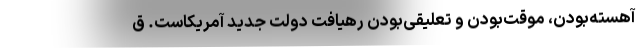
آهسته‌بودن، موقت‌بودن و تعلیقی‌بودنِ رهیافت دولت جدید آمریکاست. ق